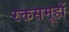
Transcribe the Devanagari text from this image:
रक्तसमूहों